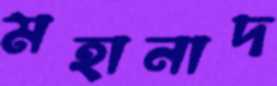
মহানাদ